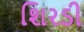
શિરડી